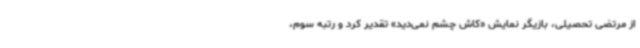
از مرتضی تحصیلی، بازیگر نمایش «کاش چشم نمی‌دید» تقدیر کرد و رتبه سوم،